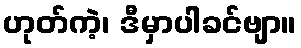
ဟုတ်ကဲ့၊ ဒီမှာပါခင်ဗျာ။